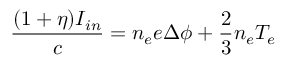
\frac { ( 1 + \eta ) I _ { i n } } { c } = n _ { e } e \Delta \phi + \frac { 2 } { 3 } n _ { e } T _ { e }